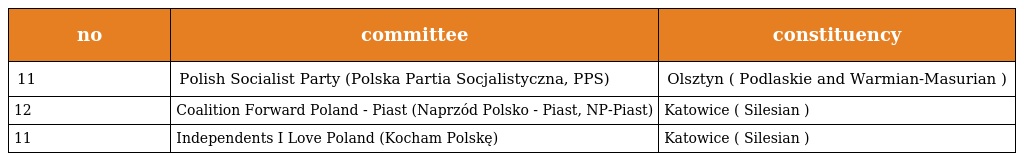
| no | committee | constituency |
 | --- | --- | --- |
 | 11 | Polish Socialist Party (Polska Partia Socjalistyczna, PPS) | Olsztyn ( Podlaskie and Warmian-Masurian ) |
 | 12 | Coalition Forward Poland - Piast (Naprzód Polsko - Piast, NP-Piast) | Katowice ( Silesian ) |
 | 11 | Independents I Love Poland (Kocham Polskę) | Katowice ( Silesian ) |